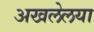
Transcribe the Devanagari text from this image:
अखलेलया